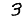
Digit: 3